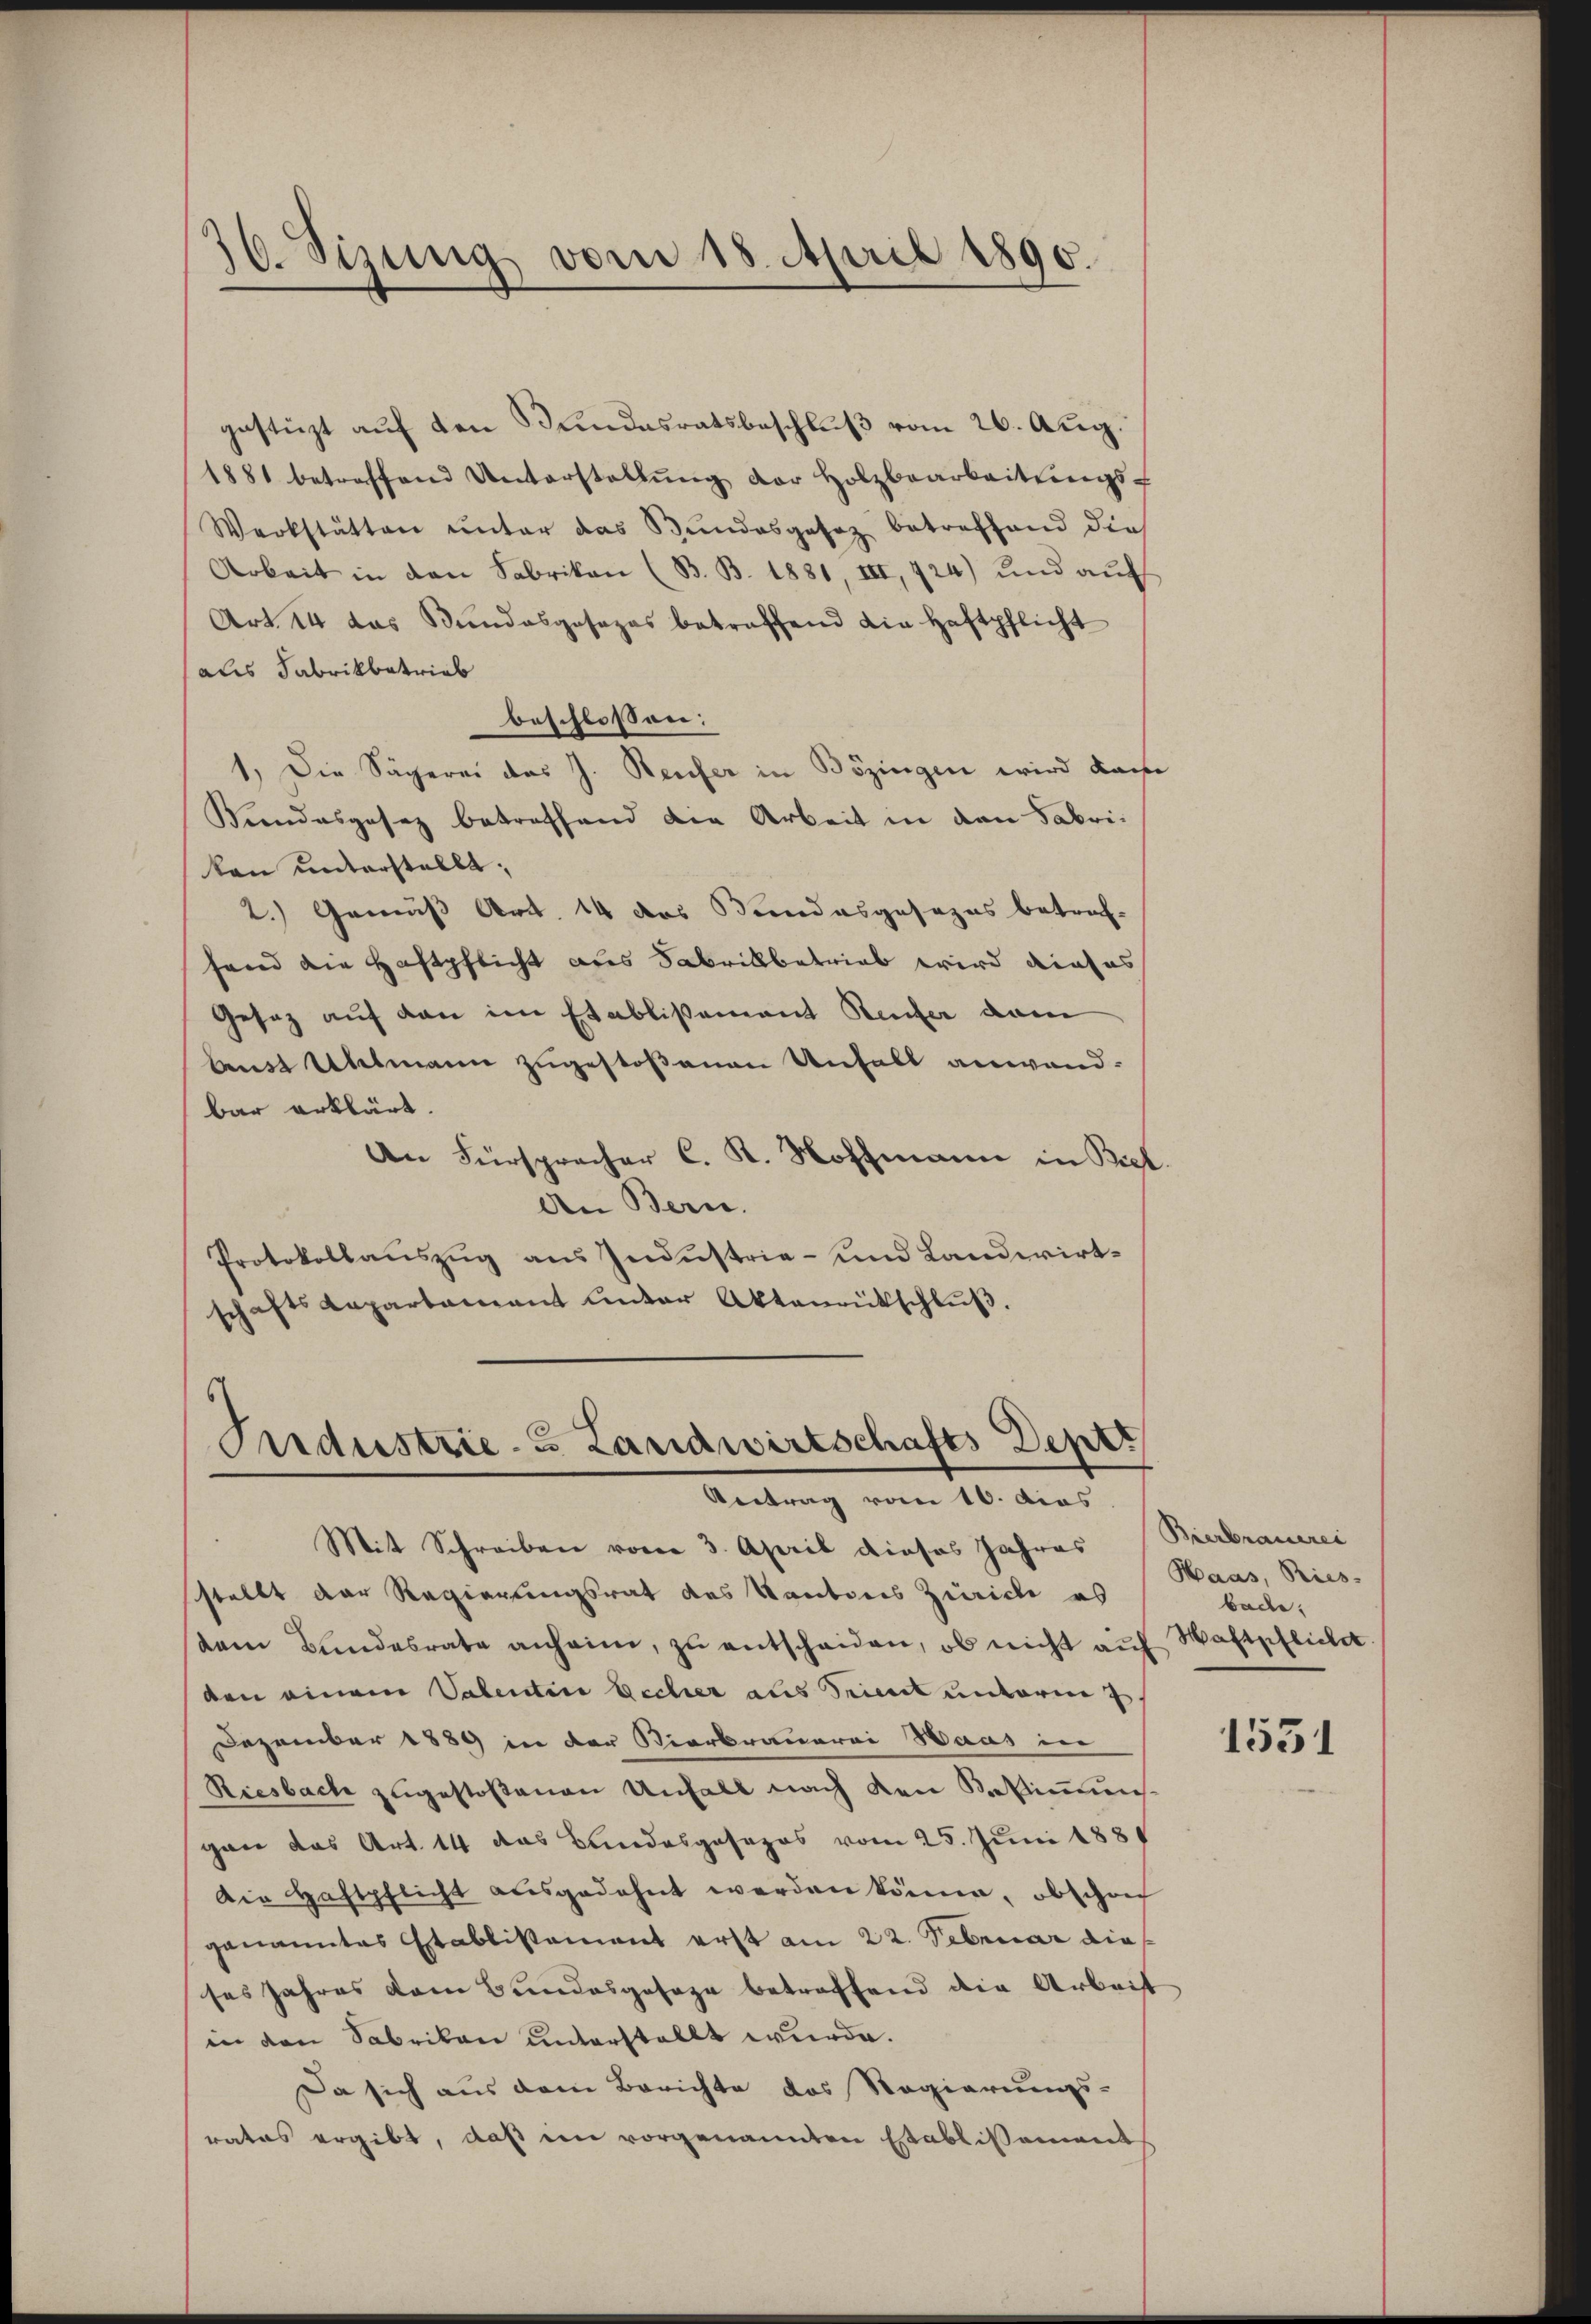
1
so. Sizung vom 18. April 1890.

gestürzt auf den Bundesratsbeschluß vom 26. Aug.
1881 betreffend Unterstellŭng der Holzbearbeitŭngs-
Werkstätten unter das Bundesgesez betreffend die
Arbeit in den Fabrikon (B. B. 1881, III, 724) und auf
Art 14 das Bundesgesezes betreffend die Haftpflicht
als Fabrikbetrieb
beschlossen:
1. Die Sägerei das J. Beufer in Bözingen wird kam
Kindesgesez betreffend die Arbeit in den Fabrikann unterstellt;
2.) Gemäß Art. 14 das Bindesgesezes betref-
fand die Haftpflicht aus Fabrikbetrieb wird dieses
Gesetz auf den im Etablißement Reufer dann
benst Ulmann zugestoßenen Unfall anwandbar erklärt.
An Fürsprecher C. K. Hoffmann in Bist.
An Bern.
Protokollauszug aus Industrie- und Landwirtschaftskapartamant ŭnter Aktenrütschlŭβ.

Industrie- Landwirtschafts Deper
Antrag vom 16. dies

Mit Schreiben vom 3. April dieses Jahres (Berbrauerei
stellt der Regierungsrat des Kantons Zürich es
dem Bundesrate anheim, zu entscheiden, ob nicht auf
den einem Valentin Escher aus Seit unterm 7.
Dezember 1889 in der Vierbrauerei Haas in
Riesbach zugestoßenen Unfall nach den Bestimmunigan das Art. 14 das Bundesgesezes vom 25. Juni 1881
Die Haftpflicht ausgedehnt werden könne, obschon
genanntes Etablissement erst am 22. Februar dieses Jahres dem Bundesgesage betreffend die Arbeit
in den Sabrikon unterstellt wurde.
Da sich aus dem Berichte das Regierungs-
rates ergibt, daß ein vorgenannten Etablissement

Haas, Pries-
bache.
Haftpflicher

1531